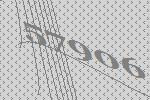
57906